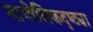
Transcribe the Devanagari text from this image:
भागोलिकदृष्ट्या